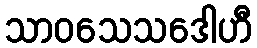
သာဝသေသဒေါဟီ